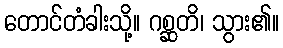
တောင်တံခါးသို့။ ဂစ္ဆတိ၊ သွား၏။